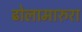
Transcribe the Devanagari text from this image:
ढोलामारुरा